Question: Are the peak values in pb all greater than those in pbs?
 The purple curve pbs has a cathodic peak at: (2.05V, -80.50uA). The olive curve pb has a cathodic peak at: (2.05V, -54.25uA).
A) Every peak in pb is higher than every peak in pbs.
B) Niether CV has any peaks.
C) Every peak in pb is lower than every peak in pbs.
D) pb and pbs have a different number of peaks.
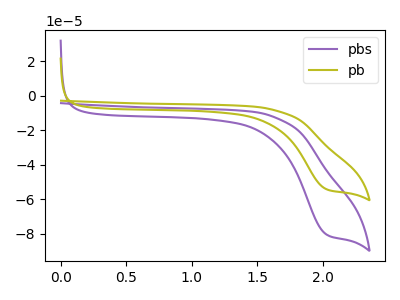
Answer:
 <answer>C) Every peak in "pb" is lower than every peak in "pbs".</answer>
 <eval>C</eval>